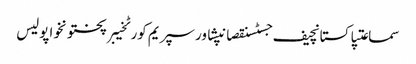
سماعتپاکستانچیف جسٹسنقصانپشاورسپریم کورٹخیبرپختونخواپولیس